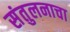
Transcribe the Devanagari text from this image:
संतुलनाचा